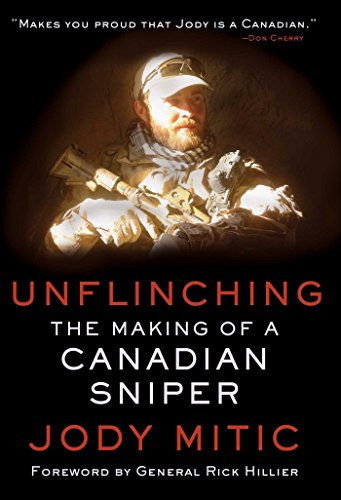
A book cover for Unflinching: The Making of a Canadian Sniper; Jody Mitic; Biographies & Memoirs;